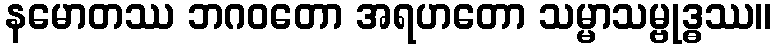
နမောတဿ ဘဂဝတော အရဟတော သမ္မာသမ္ဗုဒ္ဓဿ။